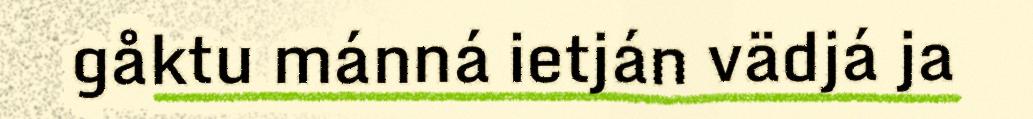
gåktu mánná ietján vädjá ja